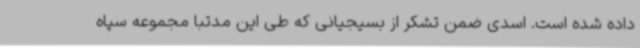
داده شده است. اسدی ضمن تشکر از بسیجیانی که طی این مدتبا مجموعه سپاه